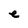
Character: e